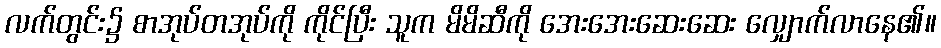
လက်တွင်း၌ စာအုပ်တအုပ်ကို ကိုင်ပြီး သူက မိမိဆီကို အေးအေးဆေးဆေး လျှောက်လာနေ၏။